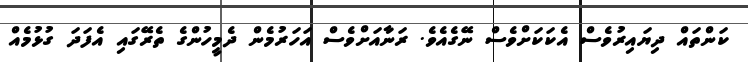
ކަންތައް ދިޔައިރުވެސް އެކަކަށްވެސް ނޭގެއެވެ. ރަނާއަށްވެސް އަހަރުމެން ދެމީހުންގެ ތެރޭގައި އެފަދަ ގުޅުމެއް